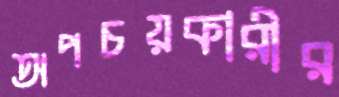
অপচয়কারীর